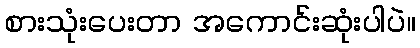
စားသုံးပေးတာ အကောင်းဆုံးပါပဲ။